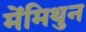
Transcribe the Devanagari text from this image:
मेंमिथुन